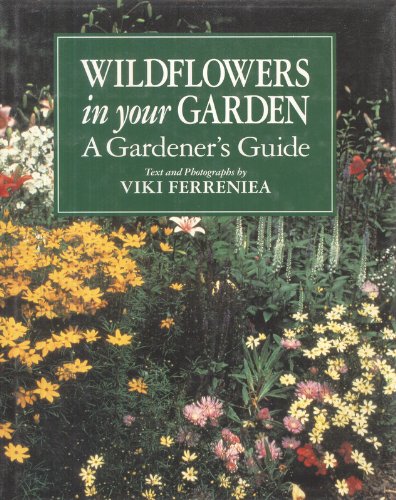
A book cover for Wildflowers in Your Garden: A Gardener's Guide; Viki Ferreniea; Crafts, Hobbies & Home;